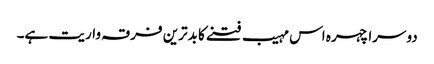
دوسرا چہرہ اس مہیب فتنے کا بدترین فرقہ واریت ہے۔